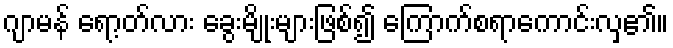
ဂျာမန် ရော့တ်လား ခွေးမျိုးများဖြစ်၍ ကြောက်စရာကောင်းလှ၏။